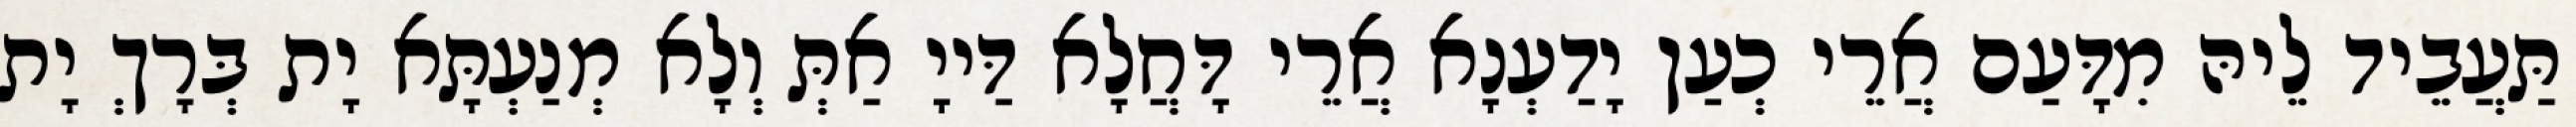
תַּעֲבֵיד לֵיהּ מִדָּעַם אֲרֵי כְעַן יָדַעְנָא אֲרֵי דָּחֲלָא דַּייָ אַתְּ וְלָא מְנַעְתָּא יָת בְּרָךְ יָת